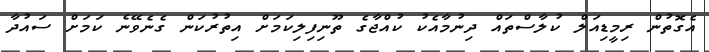
އެގޮތުން ރިމީޑިއަލް ކުލާސްތައް ދިނުމާއެކު ކުއްޖާގެ ތޫނިފިލިކަމަށް އިތުރުކަން ގެނެވޭނެ ކަމަށް ސައުދާ